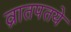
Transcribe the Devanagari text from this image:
व्रातपतये